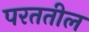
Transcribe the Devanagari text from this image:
परततील